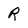
Character: R